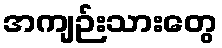
အကျဉ်းသားတွေ